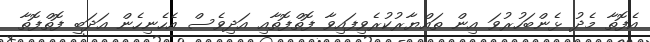
އެފޮތާ މެދު ޅެންބަހުރުވަ އިން ތައްޔާރުކުރެވިފައިވާ ފޮތްފޮތާއި އަދިވެސް އެހެނިހެން އަދަބީ ފޮތްފޮތާ